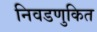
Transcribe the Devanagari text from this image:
निवडणुकित